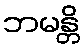
ဘမန္တိ